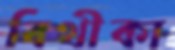
বিথীকা